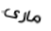
مارى